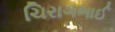
ચિરાગભાઈ